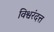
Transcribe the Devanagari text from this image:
विश्वरंदत्त